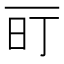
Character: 𬻐